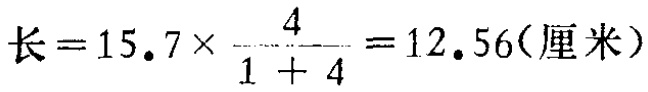
\(长 = 15.7\times\frac{4}{1 + 4}=12.56(厘米)\)